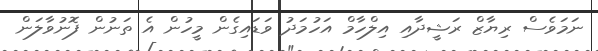
ނަމަވެސް ރިޔާޒް ރަޝީދާއި އިލްހާމް އަހުމަދު ވަޑައިގެން މީހުން އެ ތަނުން ފޮނުވާލަން